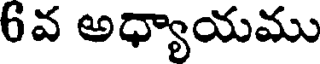
6వ అధ్యాయము